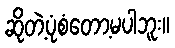
ဆိုတဲ့ပုံစံတော့မပါဘူး။